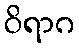
ဝိရာဂ